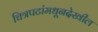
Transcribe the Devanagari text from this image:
चित्रपटांमधूनदेखील